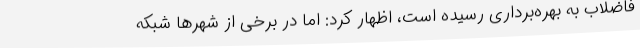
فاضلاب به بهره‌برداری رسیده است، اظهار کرد: اما در برخی از شهرها شبکه